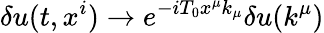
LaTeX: \delta u(t,x^{i})\to e^{-iT_{0}x^{\mu}k_{\mu}}\delta u(k^{\mu})